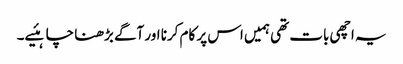
یہ اچھی بات تھی ہمیں اس پر کام کرنا اور آگے بڑھنا چاہئیے۔